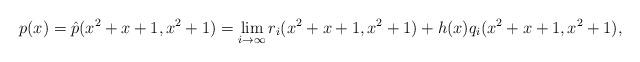
LaTeX: \begin{align*}p(x)= \hat{p}(x^2+x+1,x^2+1)=\lim_{i \rightarrow \infty} r_i(x^2+x+1,x^2+1) + h(x)q_i(x^2+x+1,x^2+1),\end{align*}